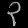
Digit: ၃